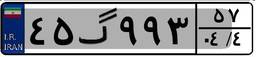
۴۵گ۹۹۳۵۷